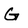
Character: G